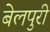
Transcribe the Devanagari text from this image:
बेलपुरी